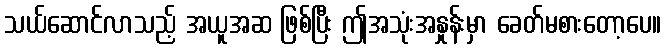
သယ်ဆောင်လာသည့် အယူအဆ ဖြစ်ပြီး ဤအသုံးအနှုန်းမှာ ခေတ်မစားတော့ပေ။